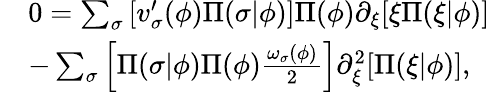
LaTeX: \begin{array}{rl}&{0=\sum_{\sigma}\left[v_{\sigma}^{\prime}(\phi)\Pi(\sigma\vert\phi)\right]\Pi(\phi)\partial_{\xi}[\xi\Pi(\xi\vert\phi)]}\\ &{-\sum_{\sigma}\left[\Pi(\sigma\vert\phi)\Pi(\phi)\frac{\omega_{\sigma}(\phi)}{2}\right]\partial_{\xi}^{2}[\Pi(\xi\vert\phi)],}\end{array}